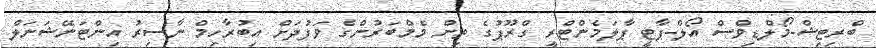
ބްރިޓިޝް-މޯލްޑިވްސް އޯލް-ޕާޓީ ޕާލަމެންޓްރީ ގްރޫޕުގެ ތިން މެމްބަރުންގެ ވަފުދަށް އިބުރާހިމް ނާސިރު އިންޓަނޭޝަނަލް